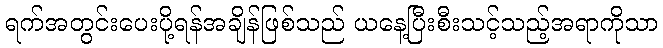
ရက်အတွင်းပေးပို့ရန်အချိန်ဖြစ်သည် ယနေ့ပြီးစီးသင့်သည့်အရာကိုသာ